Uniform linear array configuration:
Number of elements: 12
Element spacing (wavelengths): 1
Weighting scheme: exponential
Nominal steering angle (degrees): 0
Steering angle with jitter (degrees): -0.1718
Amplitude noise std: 0.05
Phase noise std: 0.05

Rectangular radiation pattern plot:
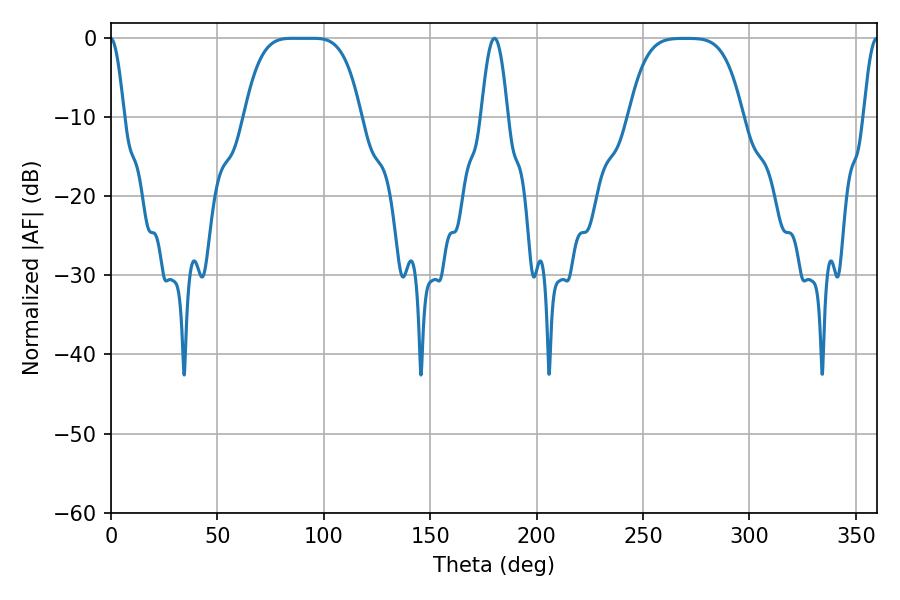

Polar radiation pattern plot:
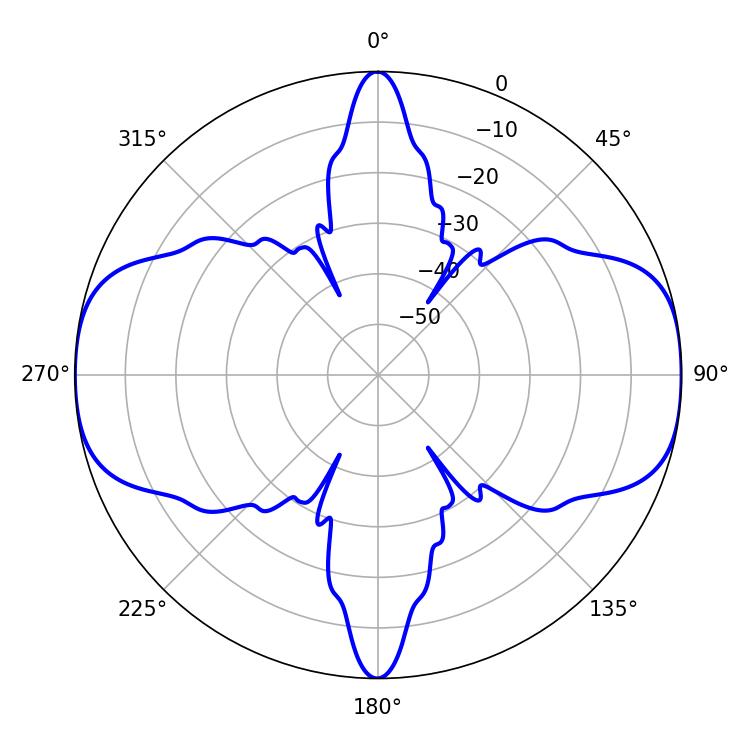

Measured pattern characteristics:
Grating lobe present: TRUE
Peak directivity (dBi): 17.551
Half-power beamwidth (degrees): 40.68
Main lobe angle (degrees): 85.32